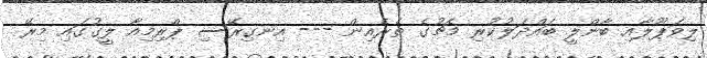
ލިވަޕޫލާއި ބާންލީ ބައްދަލުކުރި މެޗުގެ ތެރެއިން --- އިނގިރޭސި ޕްރިމިއާ ލީގުގައި މިރޭ